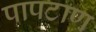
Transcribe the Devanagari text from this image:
पापटाण